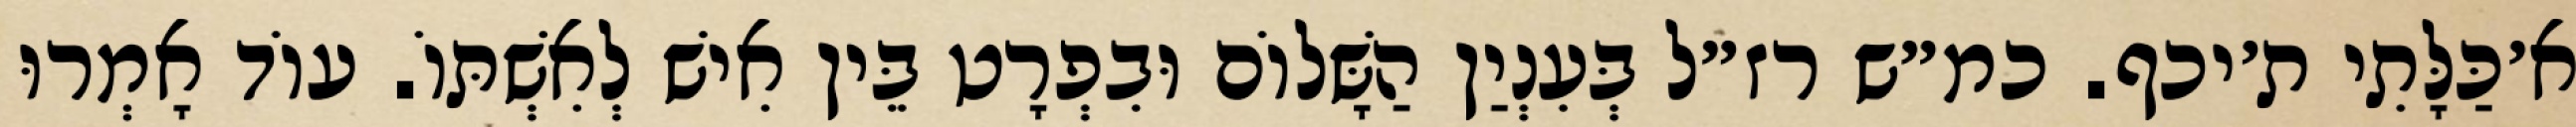
א׳כַּלָּתִי ת׳יכף. כמ״ש רז״ל בְּעִנְיַן הַשָּׁלוֹם וּבִפְרָט בֵּין אִישׁ לְאִשְׁתּוֹ. עוֹד אָמְרוּ